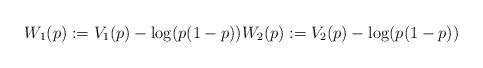
LaTeX: \begin{align*}W_1(p) := V_1(p)-\log(p(1-p))W_2(p) := V_2(p)-\log(p(1-p))\end{align*}